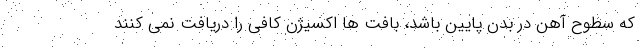
که سطوح آهن در بدن پایین باشد، بافت ها اکسیژن کافی را دریافت نمی کنند